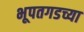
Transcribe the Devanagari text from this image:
भूपतगडच्या